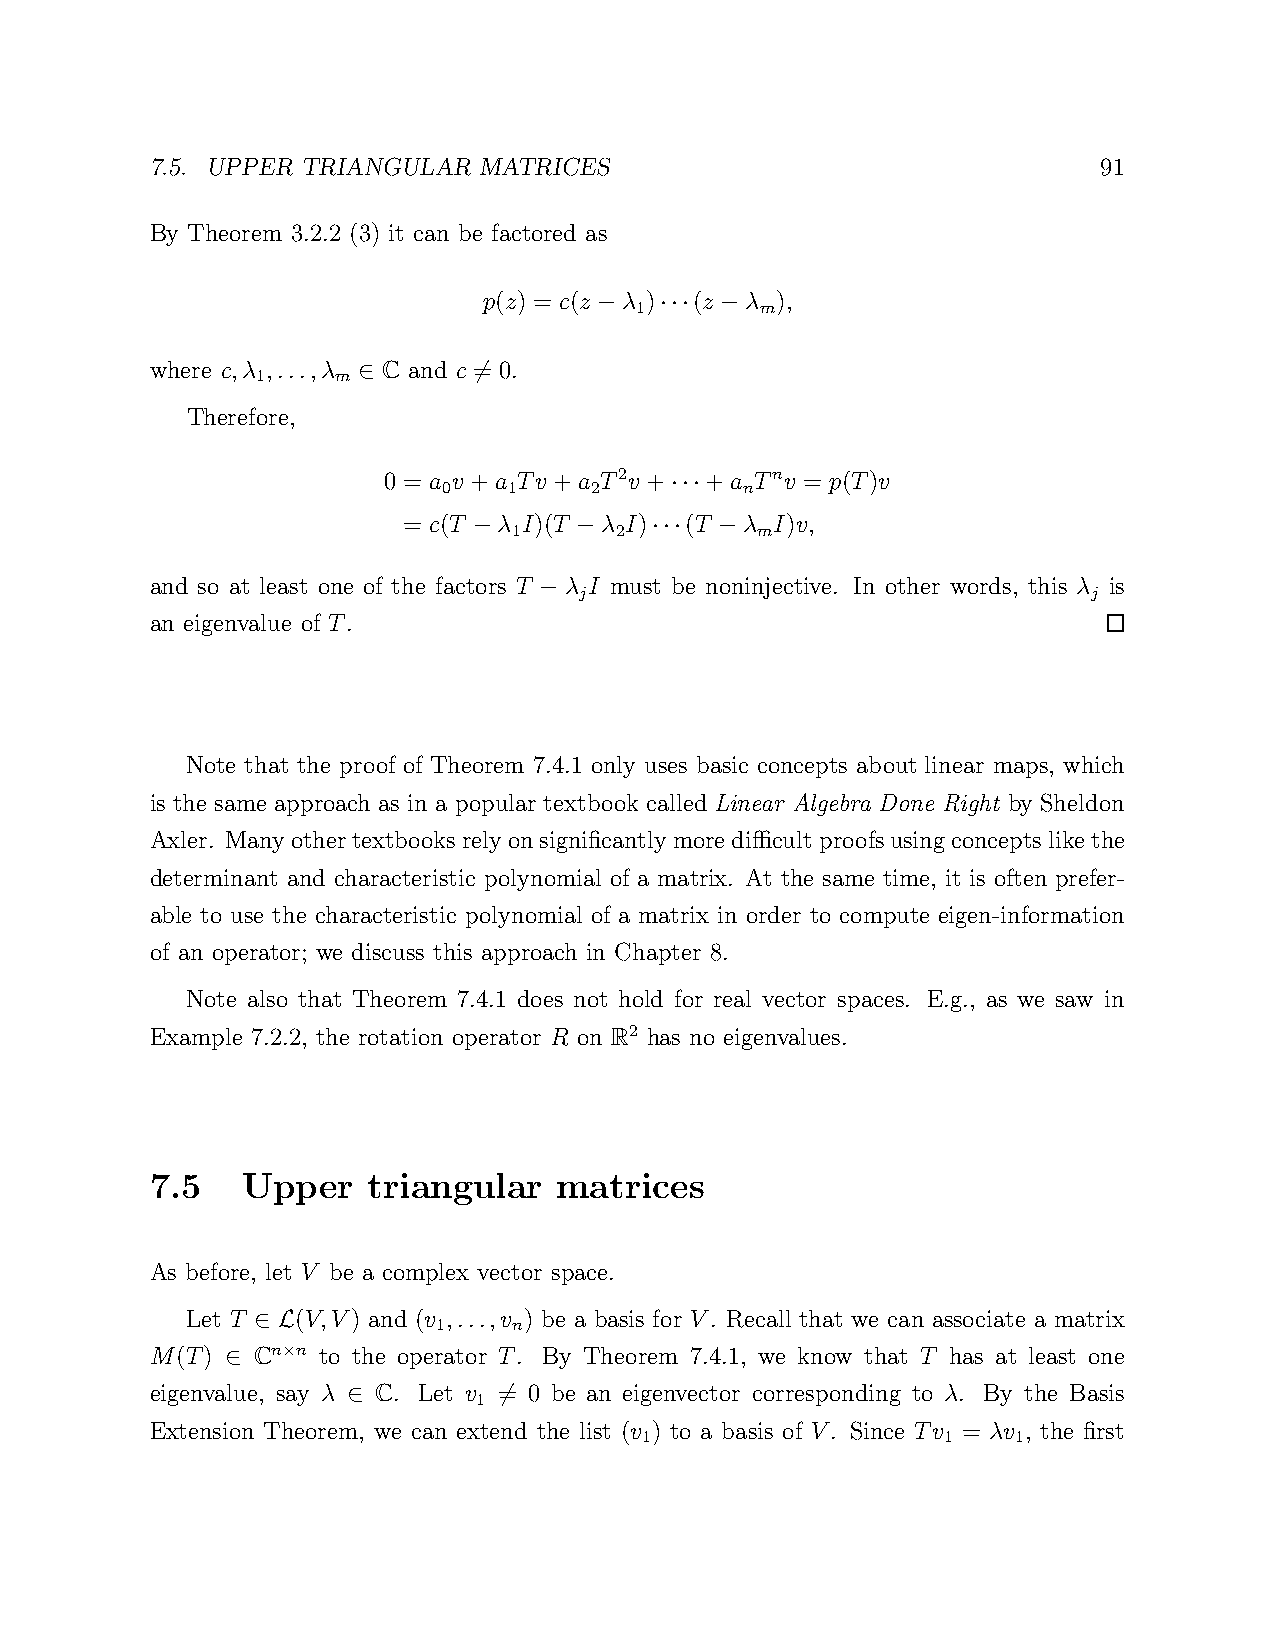
7.5. UPPER TRIANGULAR MATRICES                                 91
 By Theorem 3.2.2 (3) it can be factored as
 p(z) = c(z λ ) (z λ ),
 1       m
 −   ··· −
 where c,λ ,...,λ C and c = 0.
 1    m
 ∈      6
 Therefore,
 0 = a v +a Tv +a T2v+ +a Tnv = p(T)v
 0    1    2         n
 ···
 = c(T λ I)(T λ I) (T  λ I)v,
 1      2        m
 −      −    ···  −
 and so at least one of the factors T λ I must be noninjective. In other words, this λ is
 j                                 j
 −
 an eigenvalue of T.
 Note that the proof of Theorem 7.4.1 only uses basic concepts about linear maps, which
 is the same approach as in a popular textbook called Linear Algebra Done Right by Sheldon
 Axler. Manyothertextbooksrelyonsignificantlymoredifficult proofsusingconceptslikethe
 determinant and characteristic polynomial of a matrix. At the same time, it is often prefer-
 able to use the characteristic polynomial of a matrix in order to compute eigen-information
 of an operator; we discuss this approach in Chapter 8.
 Note also that Theorem 7.4.1 does not hold for real vector spaces. E.g., as we saw in
 Example 7.2.2, the rotation operator R on R2 has no eigenvalues.
 7.5   Upper   triangular   matrices
 As before, let V be a complex vector space.
 Let T   (V,V) and (v ,...,v ) be a basis for V. Recall that we can associate a matrix
 1    n
 ∈ L
 M(T)   Cn n to the operator T. By Theorem 7.4.1, we know that T has at least one
 ×
 ∈
 eigenvalue, say λ C. Let v = 0 be an eigenvector corresponding to λ. By the Basis
 1
 ∈         6
 Extension Theorem, we can extend the list (v ) to a basis of V. Since Tv = λv , the first
 1                  1    1